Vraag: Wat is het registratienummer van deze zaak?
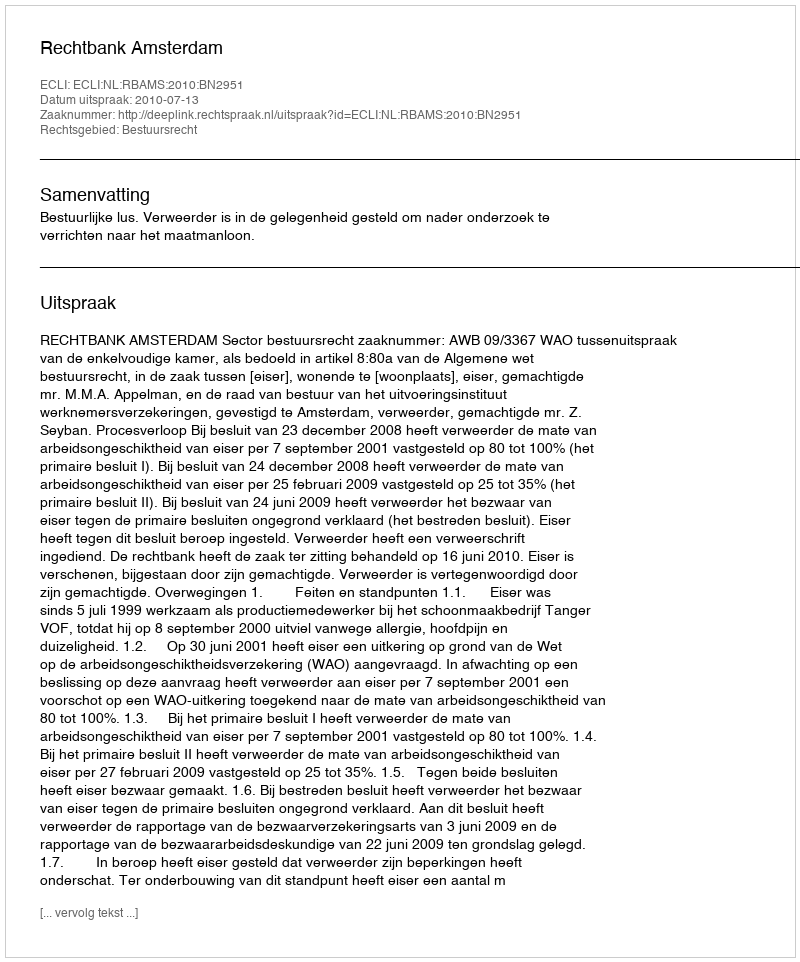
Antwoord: http://deeplink.rechtspraak.nl/uitspraak?id=ECLI:NL:RBAMS:2010:BN2951